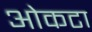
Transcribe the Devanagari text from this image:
ओकटा